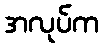
အလုပ်က